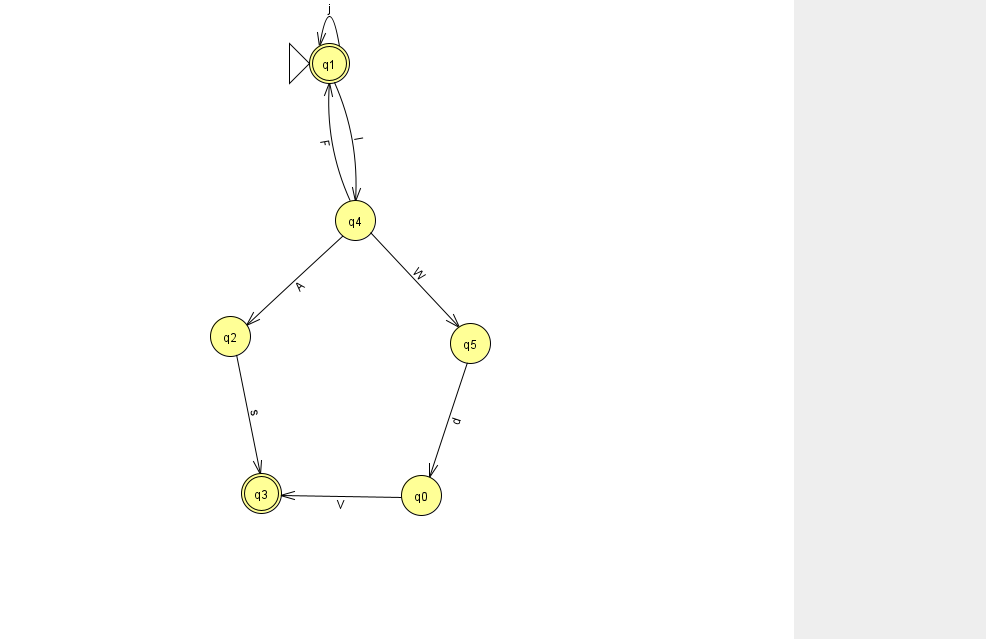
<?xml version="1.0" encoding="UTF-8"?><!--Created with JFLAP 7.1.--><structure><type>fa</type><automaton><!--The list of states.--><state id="0" name="q0"><x>421.0</x><y>482.0</y></state><state id="1" name="q1"><x>329.0</x><y>50.0</y><initial/><final/></state><state id="2" name="q2"><x>230.0</x><y>323.0</y></state><state id="3" name="q3"><x>261.0</x><y>480.0</y><final/></state><state id="4" name="q4"><x>355.0</x><y>207.0</y></state><state id="5" name="q5"><x>470.0</x><y>330.0</y></state><!--The list of transitions.--><transition><from>2</from><to>3</to><read>s</read></transition><transition><from>1</from><to>4</to><read>I</read></transition><transition><from>0</from><to>3</to><read>V</read></transition><transition><from>4</from><to>2</to><read>A</read></transition><transition><from>1</from><to>1</to><read>j</read></transition><transition><from>4</from><to>1</to><read>F</read></transition><transition><from>5</from><to>0</to><read>d</read></transition><transition><from>4</from><to>5</to><read>W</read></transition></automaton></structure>